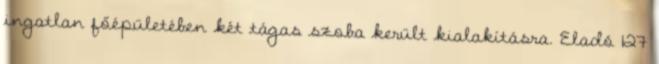
ingatlan főépületében két tágas szoba került kialakításra. Eladó 127